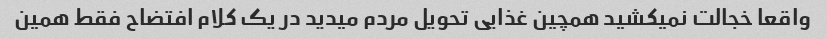
واقعا خجالت نمیکشید همچین غذایی تحویل مردم میدید در یک کلام افتضاح فقط همین